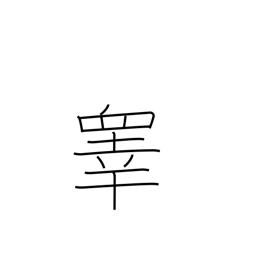
Meaning: testicles